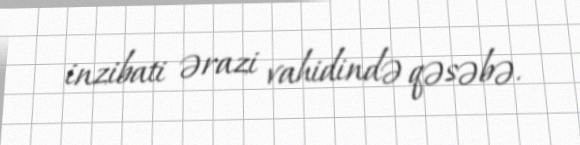
inzibati ərazi vahidində qəsəbə.